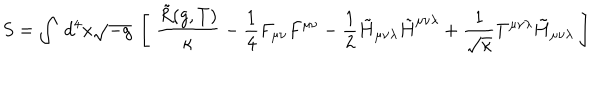
S = \int ~ d ^ { 4 } x \sqrt { - g } ~ \left[ ~ \frac { \tilde { R } ( g , T ) } { \kappa } - \frac { 1 } { 4 } F _ { \mu \nu } F ^ { \mu \nu } - \frac { 1 } { 2 } \tilde { H } _ { \mu \nu \lambda } \tilde { H } ^ { \mu \nu \lambda } + \frac { 1 } { \sqrt { \kappa } } T ^ { \mu \nu \lambda } \tilde { H } _ { \mu \nu \lambda } ~ \right]